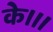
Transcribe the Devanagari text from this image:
के।।।